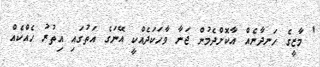
' މާޒީގެ ހަނދާނެއް އާކޮށްދެމުން ޖަނާ ވާހަކަދެއްކީ އޭނަގެ އަތުގައި އިތުރު ހެއްކެއް